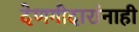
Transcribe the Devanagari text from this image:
देणगीदारांनाही